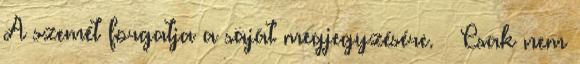
A szemét forgatja a saját megjegyzésére. – Csak nem